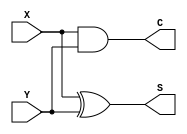

module half_adder (S, C, X, Y);
  	input X, Y;
  	output S, C;
  	reg S;
  	reg C;
  	
  	always
      begin
       #5 S <= X^Y;
        C <= X&Y;
      end
endmodule